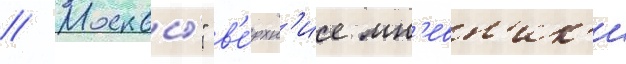
// Москвы́" в'е́рхн'ие мн'евн'ик'и